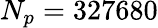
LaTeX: N_{p}=327680